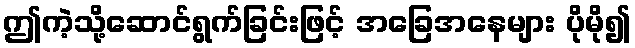
ဤကဲ့သို့ဆောင်ရွက်ခြင်းဖြင့် အခြေအနေများ ပိုမို၍